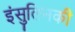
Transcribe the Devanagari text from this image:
इंसुलिनकी